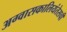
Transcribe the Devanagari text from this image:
अग्वासकालियंतेसची